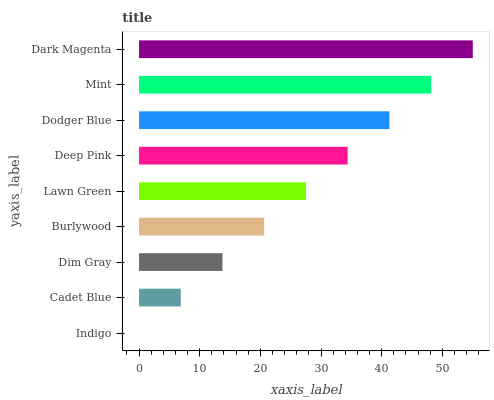
| yaxis_label | bars |
 | --- | --- |
 | Indigo | 0 |
 | Cadet Blue | 6.88 |
 | Dim Gray | 13.8 |
 | Burlywood | 20.6 |
 | Lawn Green | 27.5 |
 | Deep Pink | 34.4 |
 | Dodger Blue | 41.3 |
 | Mint | 48.1 |
 | Dark Magenta | 55 |